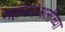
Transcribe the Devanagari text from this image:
महंमदअलीच्या